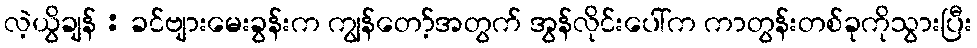
လဲ့ယွိချန် : ခင်ဗျားမေးခွန်းက ကျွန်တော့်အတွက် အွန်လိုင်းပေါ်က ကာတွန်းတစ်ခုကိုသွားပြီး